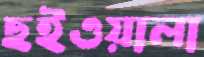
ছইওয়ালা